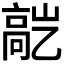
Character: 𬴕